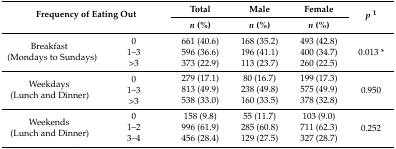
<table><thead><tr><td rowspan="2" colspan="2"><b>Frequency of Eating Out</b></td><td><b>Total</b></td><td><b>Male</b></td><td><b>Female</b></td><td rowspan="2"><b><i>p</i><sup>1</sup></b></td></tr><tr><td><b><i>n</i> (%)</b></td><td><b><i>n</i> (%)</b></td><td><b><i>n</i> (%)</b></td></tr></thead><tbody><tr><td rowspan="3">Breakfast (Mondays to Sundays)</td><td>0</td><td>661 (40.6)</td><td>168 (35.2)</td><td>493 (42.8)</td><td rowspan="3">0.013 *</td></tr><tr><td>1–3</td><td>596 (36.6)</td><td>196 (41.1)</td><td>400 (34.7)</td></tr><tr><td>&gt;3</td><td>373 (22.9)</td><td>113 (23.7)</td><td>260 (22.5)</td></tr><tr><td rowspan="3">Weekdays (Lunch and Dinner)</td><td>0</td><td>279 (17.1)</td><td>80 (16.7)</td><td>199 (17.3)</td><td rowspan="3">0.950</td></tr><tr><td>1–3</td><td>813 (49.9)</td><td>238 (49.8)</td><td>575 (49.9)</td></tr><tr><td>&gt;3</td><td>538 (33.0)</td><td>160 (33.5)</td><td>378 (32.8)</td></tr><tr><td rowspan="3">Weekends (Lunch and Dinner)</td><td>0</td><td>158 (9.8)</td><td>55 (11.7)</td><td>103 (9.0)</td><td rowspan="3">0.252</td></tr><tr><td>1–2</td><td>996 (61.9)</td><td>285 (60.8)</td><td>711 (62.3)</td></tr><tr><td>3–4</td><td>456 (28.4)</td><td>129 (27.5)</td><td>327 (28.7)</td></tr></tbody></table>